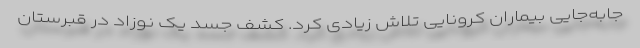
جابه‌جایی بیماران کرونایی تلاش زیادی کرد. کشف جسد یک نوزاد در قبرستان